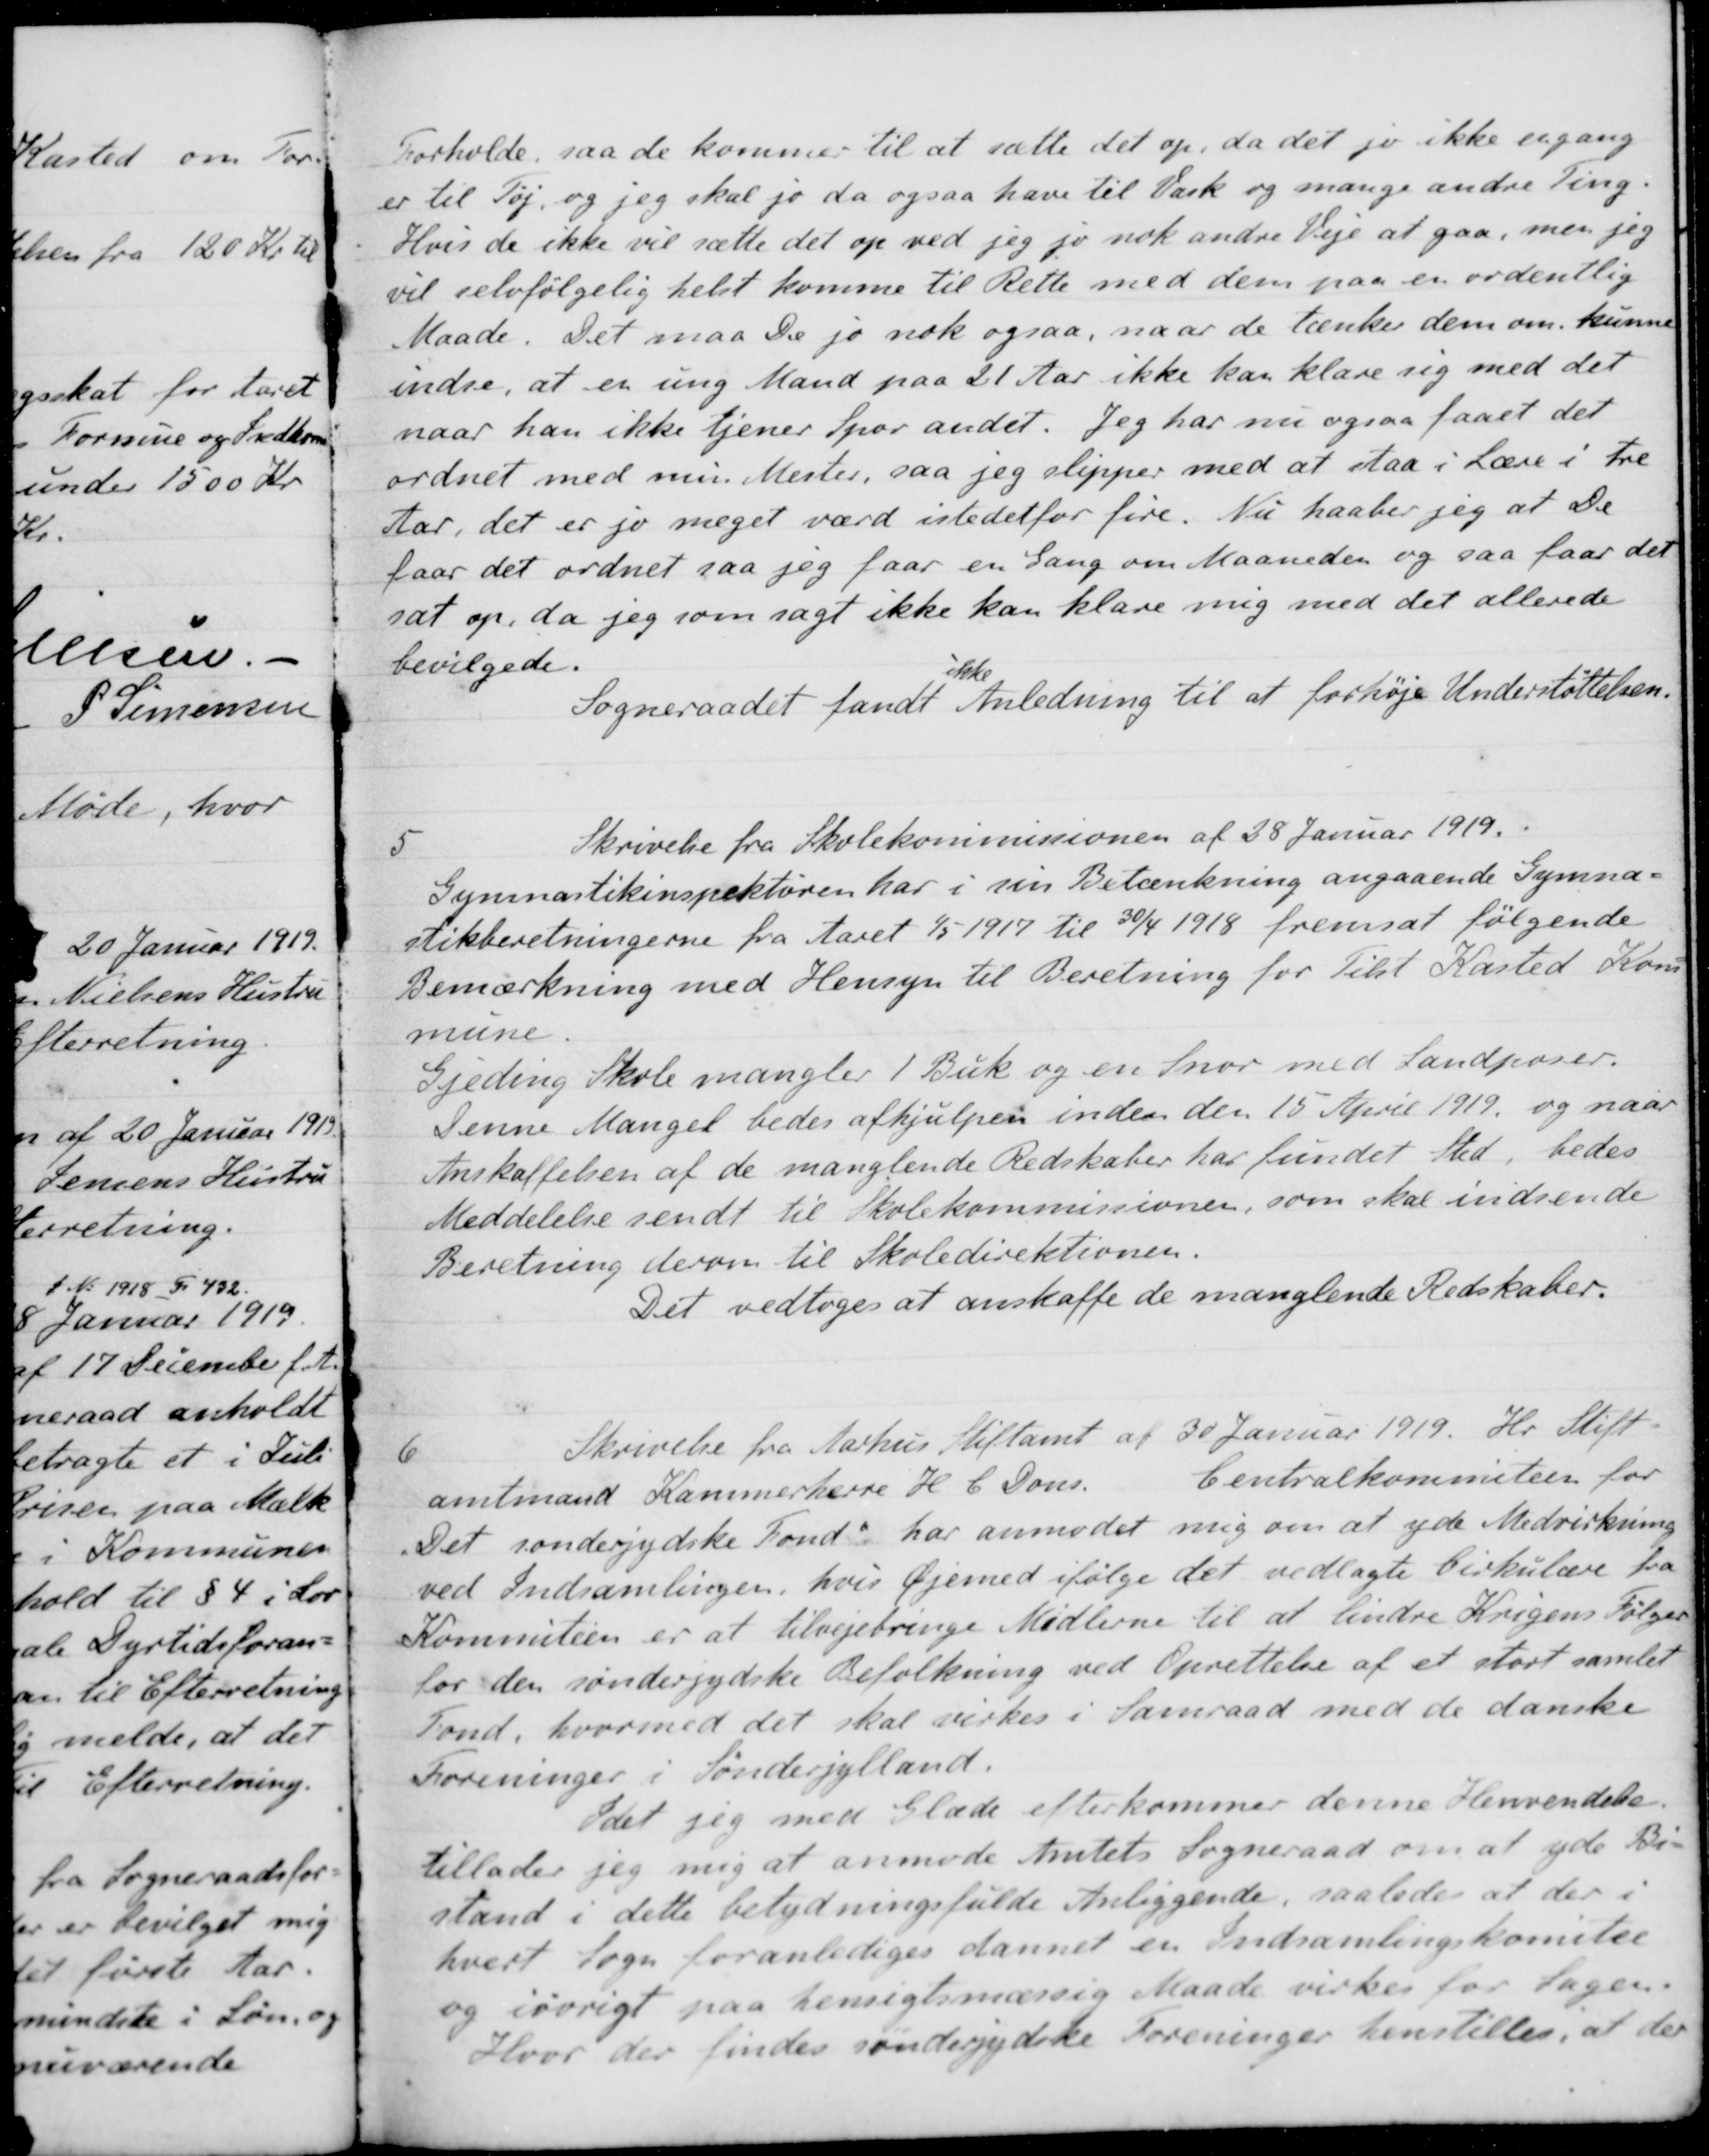
Transskription:
Forholde, saa de kommer til at sætte det op, da det jo ikke engang
er til Tøj og jeg skal jo da ogsaa have til Vask og mange andre Ting.
Hvis de ikke vil sætte det op ved jeg jo nok andre Veje at gaa, men jeg
vil selvfølgelig helst komme til Rette med dem paa en ordentlig
Maade. Det maa De jo nok ogsaa, naar de tænker dem om. kunne
indse, at en ung Mand paa 21 Aar ikke kan klare sig med det
naar han ikke tjener Spor andet. Jeg har nu ogsaa faaet det
ordnet med min Mester, saa jeg slipper med at staa i Lære i tre
Aar, det er jo meget værd istedetfor fire. Nu haaber jeg at De
faar det ordnet saa jeg faar en Gang om Maaneden og saa faar det
sat op, da jeg som sagt ikke kan klare mig med det allerede
bevilgede.
Sogneraadet fandt
ikke
Anledning til at forhøje Understøttelsen.
5
Skrivelse fra Skolekommissionen af 28 Januar 1919.
Gymnastikinspektøren har i sin Betænkning angaaende Gymna-
stikberetningerne fra Aaret 1/5 1917 til 30/4 1918 fremsat følgende
Bemærkning med Hensyn til Beretning for Tilst Kasted Kom-
mune.
Gjeding Skole mangler 1 Buk og en Snor med Sandposer.
Denne Manger bedes afhjulpen inden den 15 April 1919 og naar
Anskaffelsen af de manglende Redskaber har fundet sted, bedes
Meddelelse sendt til Skolekommissionen, som skal indsende
Beretning derom til Skoledirektionen.
Det vedtoges at anskaffe de manglende Redskaber.
6
Skrivelse fra Aarhus Stiftamt af 30 Januar 1919. Hr. Stift-
amtmand Kammerherre H C Dons.
Centralkommiteen for
"Det sønderjydske Fond" har anmodet mig om at yde Medvirkning
ved Indsamlingen, hvis Øjemed ifølge det vedlagte Cirkulære fra
Kommiteen er at tilvejebringe Midlerne til at lindre Krigens Følger
for den sønderjydske Befolkning ved Oprettelse af et stort samlet
Fond, hvormed det skal virkes i Samraad med de danske
Foreninger i Sønderjylland.
Idet jeg med Glæde efterkommer denne Henvendelse.
tillader jeg mig at anmode Amtets Sogneraad om at yde Bi-
stand i dette betydningsfulde Anliggende, saaledes at der i
hvert Sogn foranlediges dannet en Indsamlingskomelse
og iøvrigt paa hensigtsmæssig Maade virkes for Sagen.
Hvor der findes sønderjydske Foreninger henstilles, at der